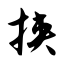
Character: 挟